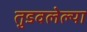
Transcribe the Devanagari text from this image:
तुडवलेल्या